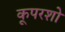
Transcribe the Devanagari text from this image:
कूपरशो